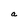
Character: a